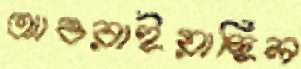
আওরাইয়াছিল